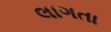
લાગતા